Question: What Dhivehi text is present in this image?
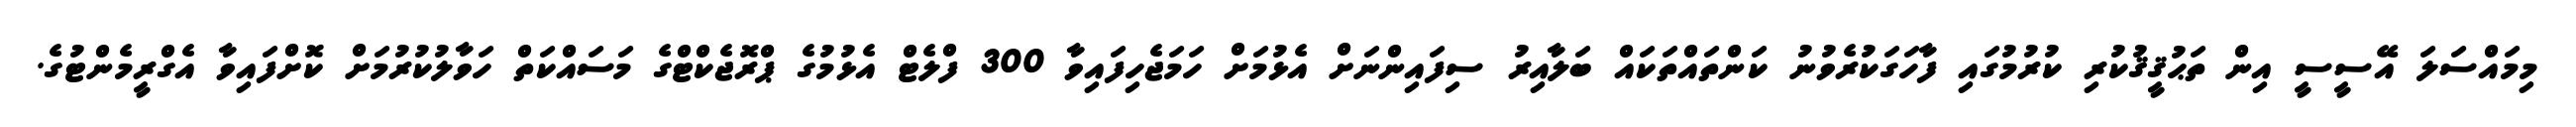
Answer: މިމައްސަލަ އޭސީސީ އިން ތަޙުޤީޤުކުރި ކުރުމުގައި ފާހަގަކުރެވުނު ކަންތައްތަކައް ބަލާއިރު ސިފައިންނަށް އެޅުމަށް ހަމަޖެހިފައިވާ 300 ފްލެޓް އެޅުމުގެ ޕްރޮޖެކްޓްގެ މަސައްކަތް ހަވާލުކުރުމަށް ކޮށްފައިވާ އެގްރީމެންޓުގެ.